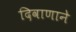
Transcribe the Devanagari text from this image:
दिवाणाने